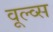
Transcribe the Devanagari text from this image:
वूल्व्स